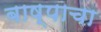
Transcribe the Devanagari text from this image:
बाष्पाचा